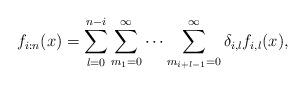
LaTeX: \begin{align*} f_{i:n}(x)=\sum_{l=0}^{n-i}\sum_{m_{1}=0}^{\infty}\cdots\sum_{m_{i+l-1}=0}^{\infty}\delta_{i,l}f_{i,l}(x),\end{align*}